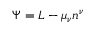
\Psi = L - \mu _ { \nu } \/ n ^ { \nu }